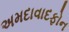
અમદાવાદફોન